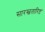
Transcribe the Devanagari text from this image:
सारस्वतारिष्ट